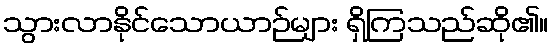
သွားလာနိုင်သောယာဉ်များ ရှိကြသည်ဆို၏။